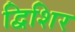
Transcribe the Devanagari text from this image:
द्विशिर